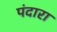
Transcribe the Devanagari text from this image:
पंदारा